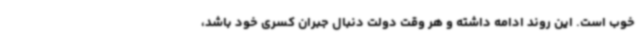
خوب است. این روند ادامه داشته و هر وقت دولت دنبال جبران کسری خود باشد،